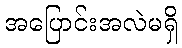
အပြောင်းအလဲမရှိ